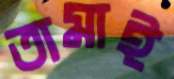
তামাই